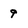
Character: 9